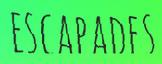
ESCAPADES